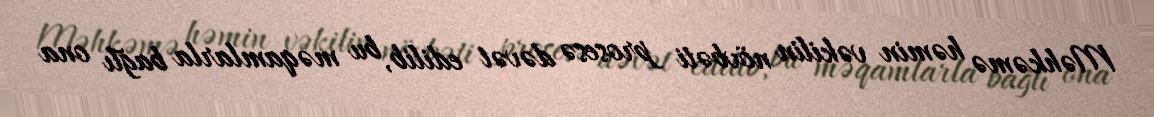
Məhkəmə həmin vəkilin növbəti prosesə dəvət edilib, bu məqamlarla bağlı ona